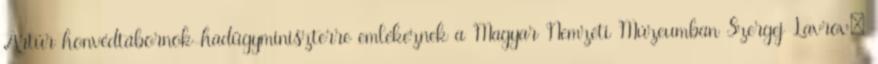
Artúr honvédtábornok-hadügyminiszterre emlékeznek a Magyar Nemzeti Múzeumban Szergej Lavrov: